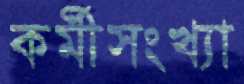
কর্মীসংখ্যা